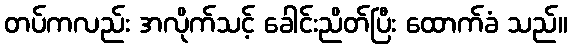
တပ်ကလည်း အလိုက်သင့် ခေါင်းညိတ်ပြီး ထောက်ခံ သည်။